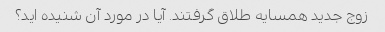
زوج جدید همسایه طلاق گرفتند. آیا در مورد آن شنیده اید؟